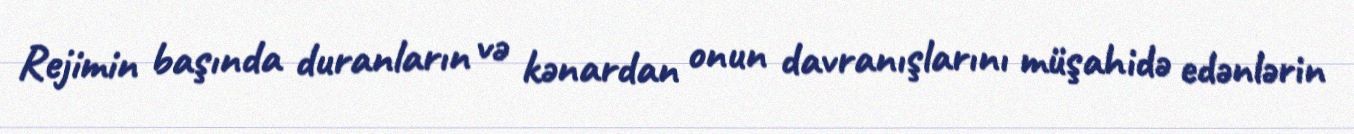
Rejimin başında duranların və kənardan onun davranışlarını müşahidə edənlərin